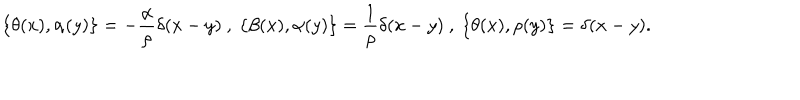
LaTeX: \{ \theta ( x ) , \alpha ( y ) \} = - { \frac { \alpha } { \rho } } \delta ( x - y ) ~ , ~ \{ \beta ( x ) , \alpha ( y ) \} = { \frac { 1 } { \rho } } \delta ( x - y ) ~ , ~ \{ \theta ( x ) , \rho ( y ) \} = \delta ( x - y ) .